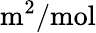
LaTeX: \mathrm{m}^{2}/\mathrm{mol}